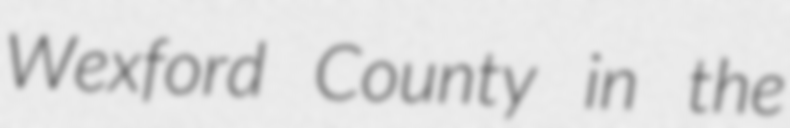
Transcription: Wexford County in the